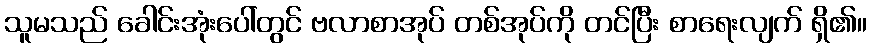
သူမသည် ခေါင်းအုံးပေါ်တွင် ဗလာစာအုပ် တစ်အုပ်ကို တင်ပြီး စာရေးလျက် ရှိ၏။